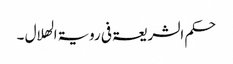
حکم الشریعۃ فی رویۃ الھلال ۔